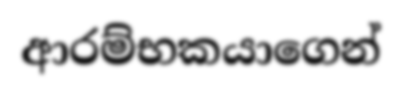
ආරම්භකයාගෙන්